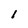
Character: I